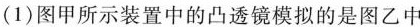
(1)图甲所示装置中的凸透镜模拟的是图乙中